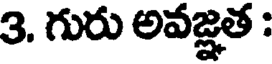
3. గురు అవజ్ఞత :